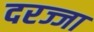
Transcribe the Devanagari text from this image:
दरज्जा